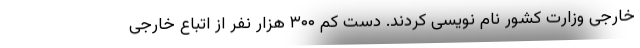
خارجی وزارت کشور نام نویسی کردند. دست کم ۳۰۰ هزار نفر از اتباع خارجی